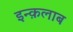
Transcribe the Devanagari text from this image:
इन्क़लाब